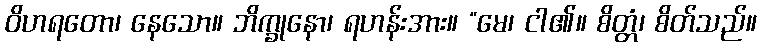
ဝိဟရတော၊ နေသော။ ဘိက္ခုနော၊ ရဟန်းအား။ “မေ၊ ငါ၏။ စိတ္တံ၊ စိတ်သည်။